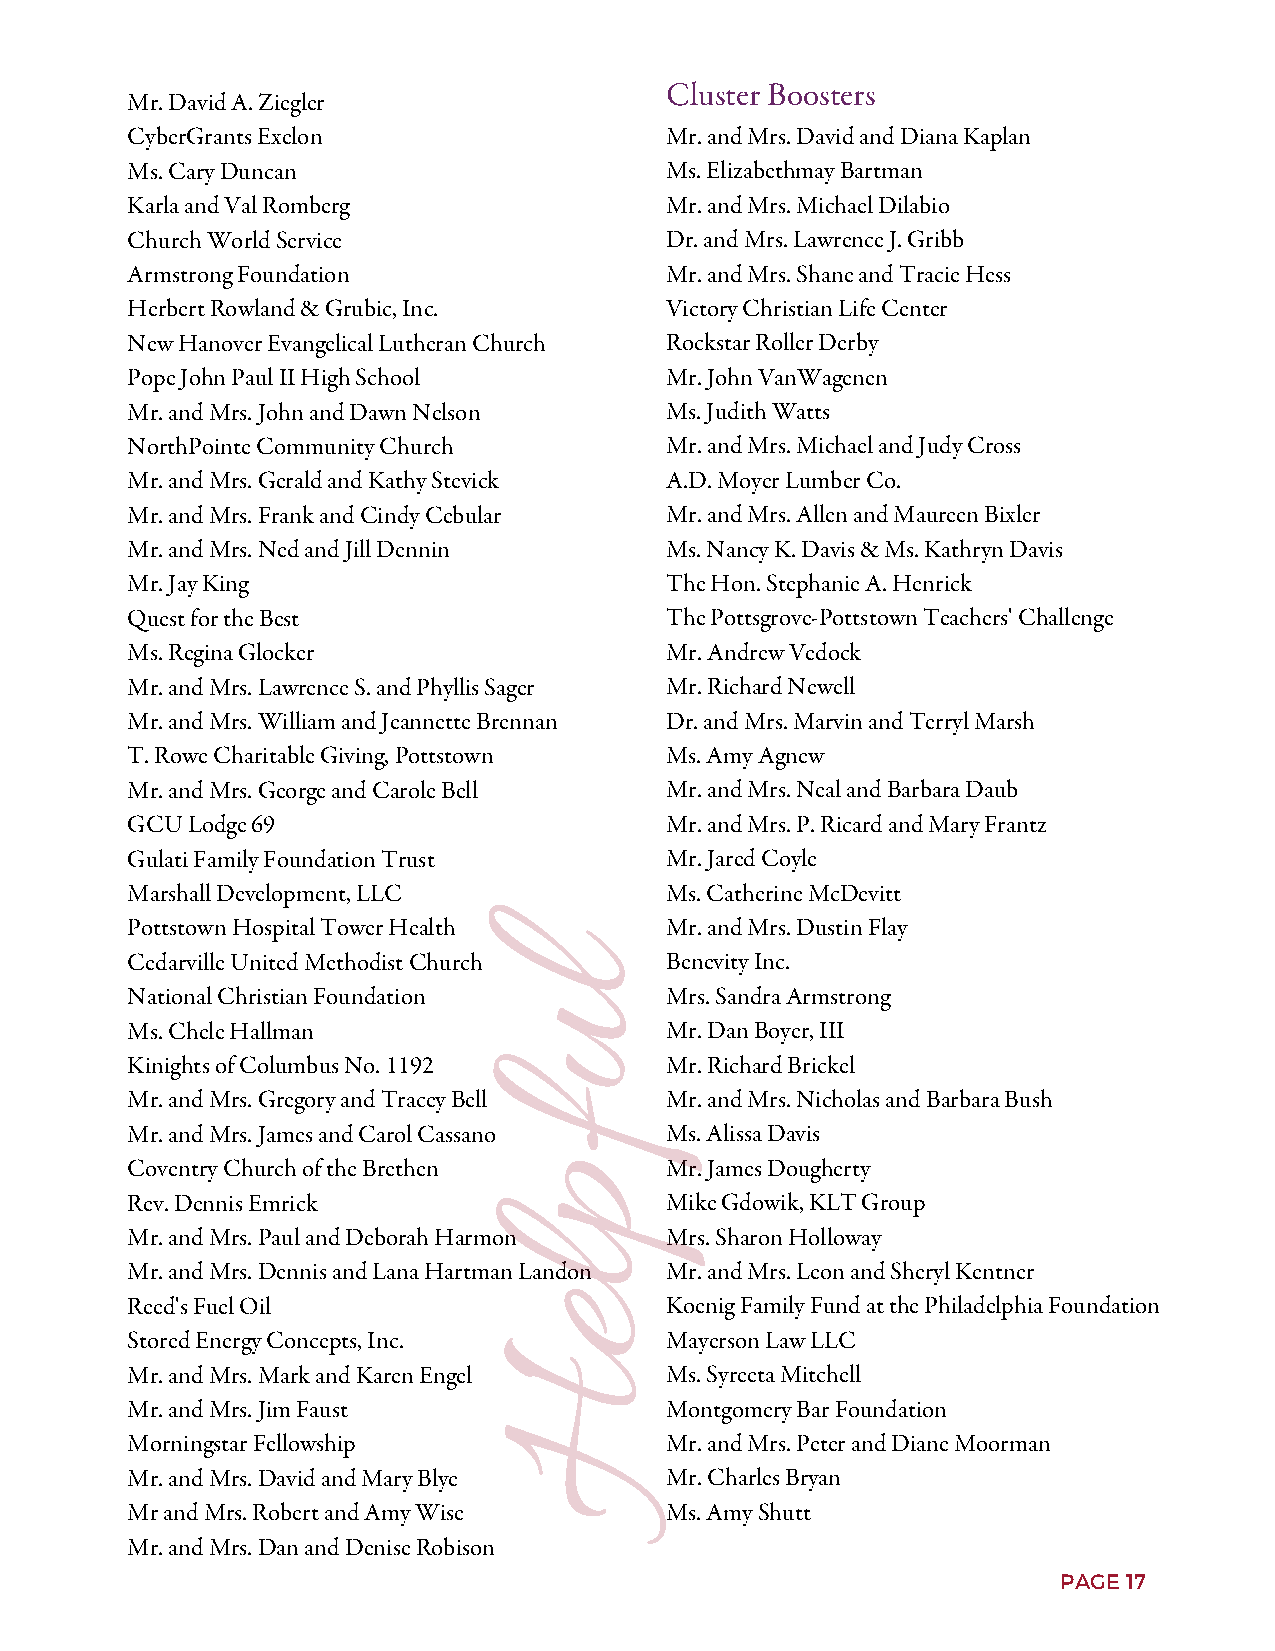
Cluster Boosters
 Mr. David A. Ziegler
 CyberGrants Exelon                  Mr. and Mrs. David and Diana Kaplan
 Ms. Cary Duncan                     Ms. Elizabethmay Bartman
 Karla and Val Romberg               Mr. and Mrs. Michael Dilabio
 Church World Service                Dr. and Mrs. Lawrence J. Gribb
 Armstrong Foundation                Mr. and Mrs. Shane and Tracie Hess
 Herbert Rowland & Grubic, Inc.      Victory Christian Life Center
 New Hanover Evangelical Lutheran Church Rockstar Roller Derby
 Pope John Paul II High School       Mr. John VanWagenen
 Mr. and Mrs. John and Dawn Nelson   Ms. Judith Watts
 NorthPointe Community Church        Mr. and Mrs. Michael and Judy Cross
 Mr. and Mrs. Gerald and Kathy Stevick A.D. Moyer Lumber Co.
 Mr. and Mrs. Frank and Cindy Cebular Mr. and Mrs. Allen and Maureen Bixler
 Mr. and Mrs. Ned and Jill Dennin    Ms. Nancy K. Davis & Ms. Kathryn Davis
 Mr. Jay King                        The Hon. Stephanie A. Henrick
 Quest for the Best                  The Pottsgrove-Pottstown Teachers' Challenge
 Ms. Regina Glocker                  Mr. Andrew Vedock
 Mr. and Mrs. Lawrence S. and Phyllis Sager Mr. Richard Newell
 Mr. and Mrs. William and Jeannette Brennan Dr. and Mrs. Marvin and Terryl Marsh
 T. Rowe Charitable Giving, Pottstown Ms. Amy Agnew
 Mr. and Mrs. George and Carole Bell Mr. and Mrs. Neal and Barbara Daub
 GCU Lodge 69                        Mr. and Mrs. P. Ricard and Mary Frantz
 Gulati Family Foundation Trust      Mr. Jared Coyle
 Marshall Development, LLC           Ms. Catherine McDevitt
 Pottstown Hospital Tower Health     Mr. and Mrs. Dustin Flay
 Cedarville United Methodist Church lBenevity Inc.
 National Christian Foundation       Mrs. Sandra Armstrong
 u
 Ms. Chele Hallman                   Mr. Dan Boyer, III
 Kinights of Columbus No. 1192       Mr. Richard Brickel
 Mr. and Mrs. Gregory and Tracey Bell Mr. and Mrs. Nicholas and Barbara Bush
 f
 Mr. and Mrs. James and Carol Cassano Ms. Alissa Davis
 Coventry Church of the Brethen pMr.    James Dougherty
 Rev. Dennis Emrick                  Mike Gdowik, KLT Group
 Mr. and Mrs. Paul and Deborah Harmon Mrs. Sharon Holloway
 l
 Mr. and Mrs. Dennis and Lana Hartman Landon Mr. and Mrs. Leon and Sheryl Kentner
 Reed's Fuel Oil           eKoenig        Family Fund at the Philadelphia Foundation
 Stored Energy Concepts, Inc.        Mayerson Law LLC
 Mr. and Mrs. Mark and Karen Engel HMs. Syreeta Mitchell
 Mr. and Mrs. Jim Faust              Montgomery Bar Foundation
 Morningstar Fellowship              Mr. and Mrs. Peter and Diane Moorman
 Mr. and Mrs. David and Mary Blye    Mr. Charles Bryan
 Mr and Mrs. Robert and Amy Wise     Ms. Amy Shutt
 Mr. and Mrs. Dan and Denise Robison
 PAGE 17